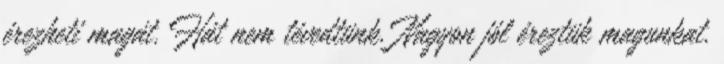
érezheti magát. Hát nem tévedtünk. Nagyon jól éreztük magunkat.